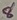
Text: 8